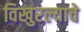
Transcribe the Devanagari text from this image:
विखुरल्याचे